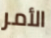
الأمر